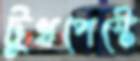
টুথপেস্টে